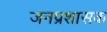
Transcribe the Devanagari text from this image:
जनप्रशासक